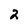
Character: 2